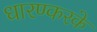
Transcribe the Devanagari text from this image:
धारण्करके